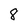
Character: 8